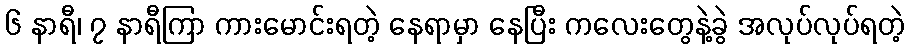
၆ နာရီ၊ ၇ နာရီကြာ ကားမောင်းရတဲ့ နေရာမှာ နေပြီး ကလေးတွေနဲ့ခွဲ အလုပ်လုပ်ရတဲ့